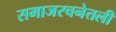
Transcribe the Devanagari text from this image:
समाजरचनेतली